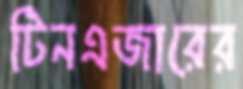
টিনএজারের